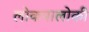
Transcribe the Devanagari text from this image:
लोकपालोकी